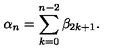
\alpha _ { n } = \sum _ { k = 0 } ^ { n - 2 } \beta _ { 2 k + 1 } .